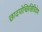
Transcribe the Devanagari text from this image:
छादयोच्छिखिग्रिवेण